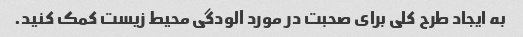
به ایجاد طرح کلی برای صحبت در مورد آلودگی محیط زیست کمک کنید.